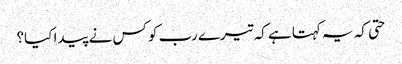
حتی کہ یہ کہتا ہے کہ تیرے رب کو کس نے پیدا کیا؟